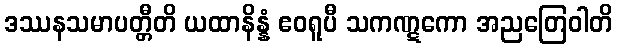
ဒဿနသမာပတ္တီတိ ယထာနိန္နံ ဧဝရူပီ သကဏ္ဋကော အညတြေဝါတိ